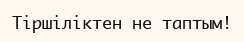
Тіршіліктен не таптым!